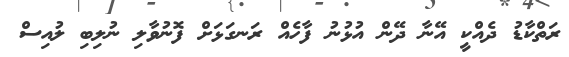
ރަތްކާޑު ދެއްކީ އޭނާ ދޭން އުޅުނު ފާހެއް ރަނގަޅަށް ފޮނުވާލި ނުލިބި ލުއިސް